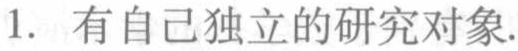
1. 有自己独立的研究对象.